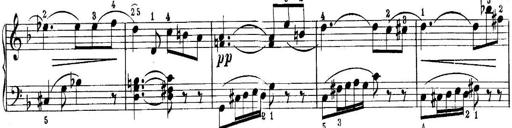
Title: Quatres sonatines
Composer: Tadeusz Joteyko